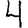
Digit: 4